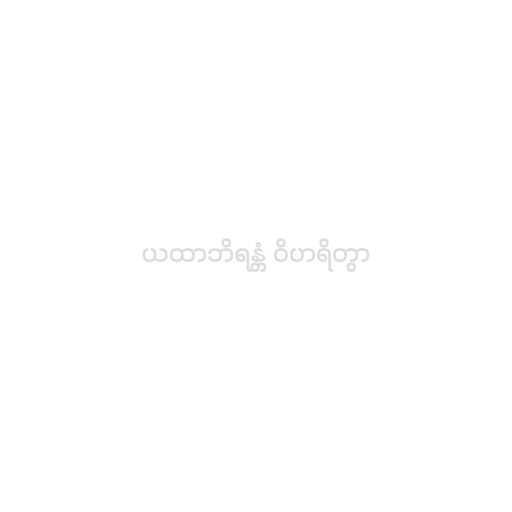
ယထာဘိရန္တံ ဝိဟရိတွာ